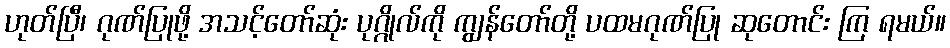
ဟုတ်ပြီ၊ ဂုဏ်ပြုဖို့ အသင့်တော်ဆုံး ပုဂ္ဂိုလ်ကို ကျွန်တော်တို့ ပထမဂုဏ်ပြု ဆုတောင်း ကြ ရမယ်။